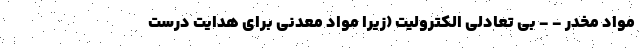
مواد مخدر - - بی تعادلی الکترولیت (زیرا مواد معدنی برای هدایت درست